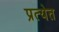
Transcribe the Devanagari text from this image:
प्रत्येत